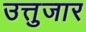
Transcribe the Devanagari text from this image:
उत्तुजार